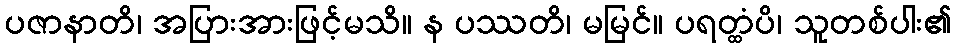
ပဇာနာတိ၊ အပြားအားဖြင့်မသိ။ န ပဿတိ၊ မမြင်။ ပရတ္ထံပိ၊ သူတစ်ပါး၏